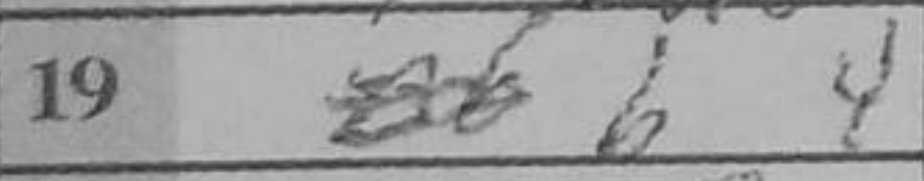
Transcription: b4